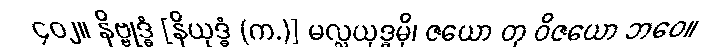
၄၀၂။ နိဗ္ဗုဒ္ဓံ [နိယုဒ္ဓံ (က.)] မလ္လယုဒ္ဓမှိ၊ ဇယော တု ဝိဇယော ဘဝေ။